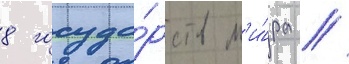
8 госуда́рств м'и́ра /